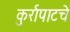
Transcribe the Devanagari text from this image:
कुर्रापाटचे